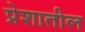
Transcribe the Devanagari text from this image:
प्रेशातील